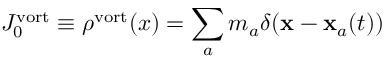
J _ { 0 } ^ { \mathrm { v o r t } } \equiv \rho ^ { \mathrm { v o r t } } ( x ) = \sum _ { a } m _ { a } \delta ( { \bf x - x } _ { a } ( t ) )